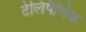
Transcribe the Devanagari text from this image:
टेलिपैथिक